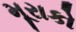
મૂરાકો